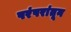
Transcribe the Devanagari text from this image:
परंपरांतून